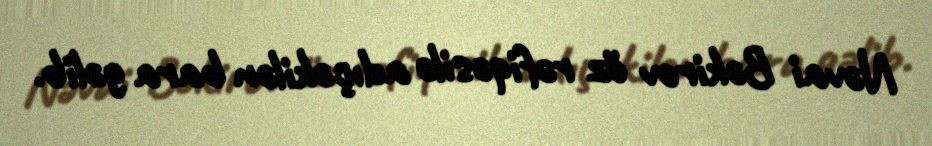
Nəvai Bəkirov öz rəfiqəsilə adıçəkilən bara gəlib.